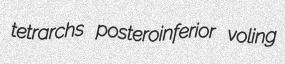
tetrarchs posteroinferior voling